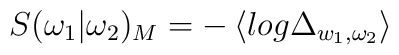
S(\omega _{1}|\omega _{2})_{M}=-\left\langle log\Delta _{w_{1},\omega_{2}}\right\rangle